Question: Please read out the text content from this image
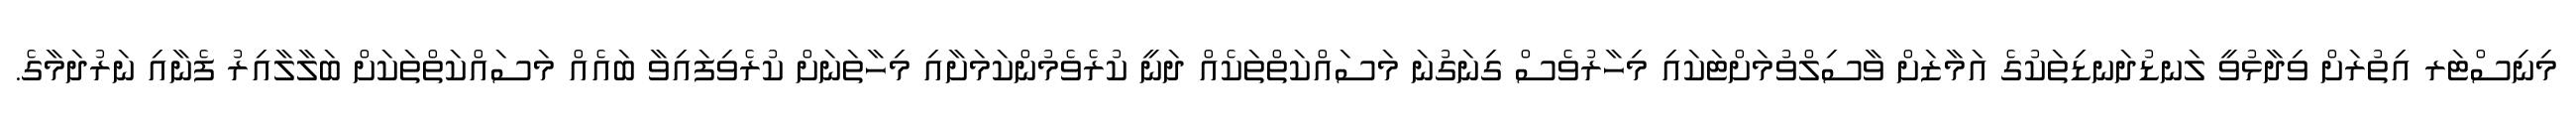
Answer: މިނިސްޓަރ އިތުރަށް ވިދާޅުވީ ލަނޑުދަނޑިތަކުގެ އަމާޒަށް ވާސިލްވުމަށްޓަކައި މިހާރުވެސް ގިނަގުނަ މަސައްކަތްތަކެއް ދަނީ ކުރެވެމުންކަމަށާއި މިހާތަނަށް ކުރެވިފައިވާ ބައެއް މަސައްކަތްތަކަށް ބަލާލާއިރު ފެނާއި ނަރުދަމާގެ.